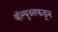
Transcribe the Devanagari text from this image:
व्हॅल्युअरकडून